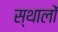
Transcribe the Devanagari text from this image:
स्थालों